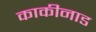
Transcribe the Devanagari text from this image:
काकीनाड